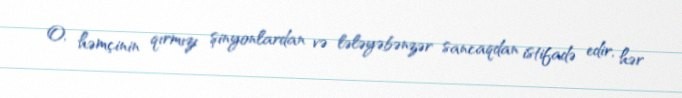
O, həmçinin qırmızı şinyonlardan və lələyəbənzər sancaqdan istifadə edir, hər